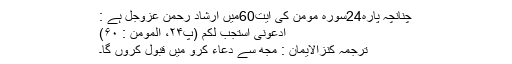
چنانچہ پارہ24سورۂ مؤمن کی آیت60میں ارشادِ رحمن عَزَّوَجَلَّ ہے :
ادْعُوْنِیْۤ اَسْتَجِبْ لَكُمْؕ (پ۲۴، المؤمن : ۶۰)
ترجَمۂ کنزالایمان : مجھ سے دُعاء کرو میں قَبول کروں گا۔